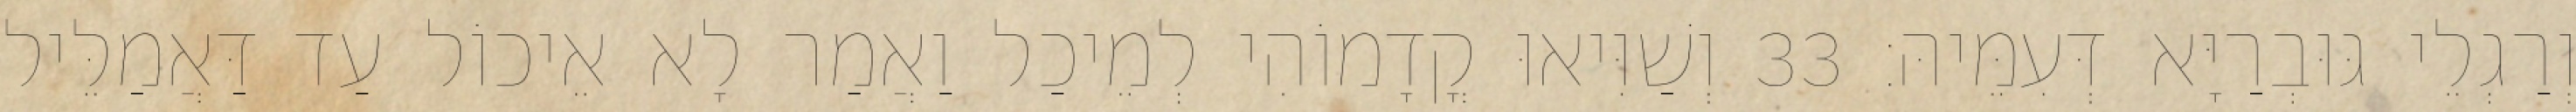
וְרַגְלֵי גּוּבְרַיָּא דְּעִמֵּיהּ׃ 33 וְשַׁוִּיאוּ קֳדָמוֹהִי לְמֵיכַל וַאֲמַר לָא אֵיכוֹל עַד דַּאֲמַלֵּיל